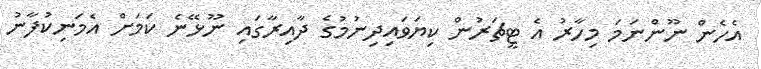
އެހެން ނޫންނަމަ މިހާރު އެ ޓީޗަރުން ކިޔަވައިދިނުމުގެ ދާއިރާގައި ނޫޅޭނެ ކަމަށް އެމަނިކުފާނު